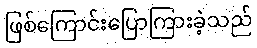
ဖြစ်ကြောင်းပြောကြားခဲ့သည်